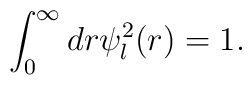
\displaystyle\int^\infty_0 dr \psi ^2_l (r) = 1.